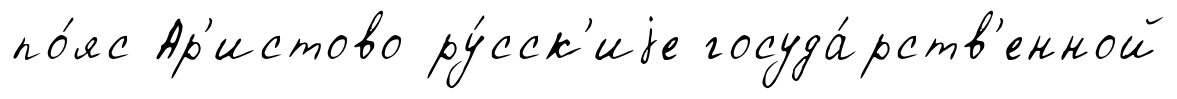
по́яс Ар'истово ру́сск'иjе госуда́рств'енной